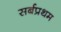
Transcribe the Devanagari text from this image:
सर्बप्रथम